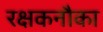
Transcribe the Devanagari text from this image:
रक्षकनौका